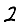
Digit: 2